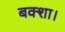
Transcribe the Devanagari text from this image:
बक्शा।